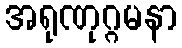
အရုဏုဂ္ဂမနာ